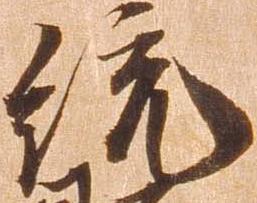
統